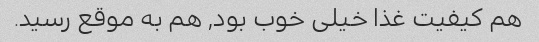
هم کیفیت غذا خیلی خوب بود, هم به موقع رسید.